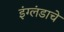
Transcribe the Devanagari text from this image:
इंग्लंडाचे